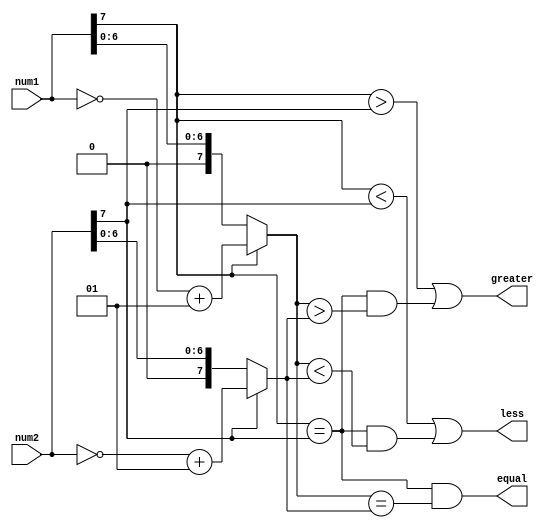
module signed_magnitude_comparator (
    input signed [7:0] num1,
    input signed [7:0] num2,
    output wire greater,
    output wire less,
    output wire equal
);

reg sign1, sign2;
reg [7:0] mag1, mag2;

assign sign1 = num1[7];
assign sign2 = num2[7];
assign mag1 = (sign1) ? (~num1 + 1) : num1;
assign mag2 = (sign2) ? (~num2 + 1) : num2;

assign greater = (sign1 > sign2) || ((sign1 == sign2) && (mag1 > mag2));
assign less = (sign1 < sign2) || ((sign1 == sign2) && (mag1 < mag2));
assign equal = (sign1 == sign2) && (mag1 == mag2);

endmodule